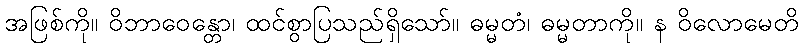
အဖြစ်ကို။ ဝိဘာဝေန္တော၊ ထင်စွာပြသည်ရှိသော်။ ဓမ္မတံ၊ ဓမ္မတာကို။ န ဝိလောမေတိ